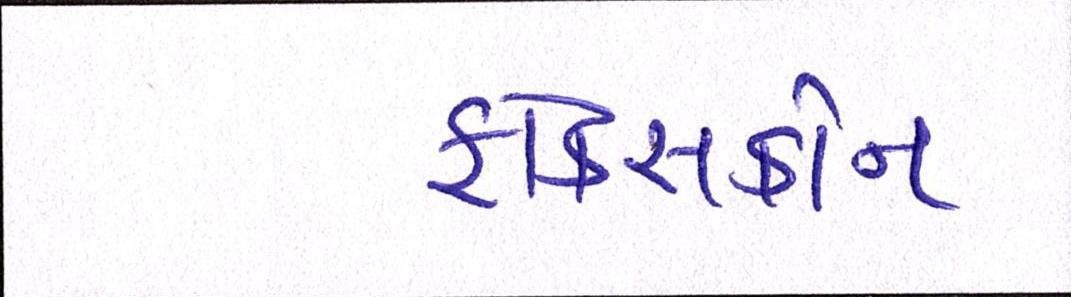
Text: ફોક્સકોન